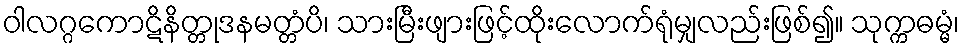
ဝါလဂ္ဂကောဋိနိတ္တုဒနမတ္တံပိ၊ သားမြီးဖျားဖြင့်ထိုးလောက်ရုံမျှလည်းဖြစ်၍။ သုက္ကဓမ္မံ၊